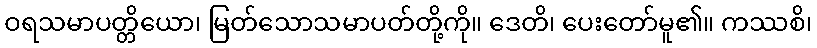
ဝရသမာပတ္တိယော၊ မြတ်သောသမာပတ်တို့ကို။ ဒေတိ၊ ပေးတော်မူ၏။ ကဿစိ၊